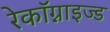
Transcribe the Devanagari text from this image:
रेकॉग्नाइज्ड